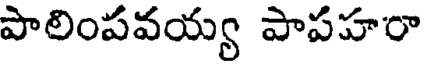
పాలింపవయ్య పాపహరా